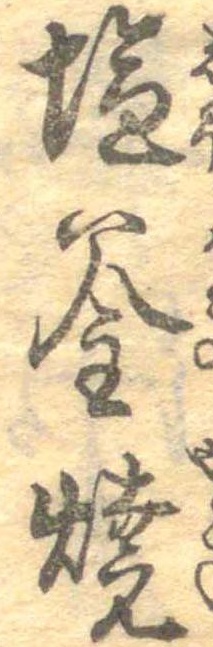
塩釜焼